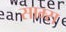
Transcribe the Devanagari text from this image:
साम्स